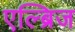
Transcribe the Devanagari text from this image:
एल्ब्रिज